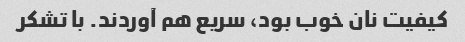
کیفیت نان خوب بود، سریع هم آوردند. با تشکر